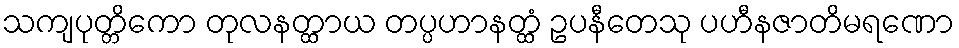
သကျပုတ္တိကော တုလနတ္ထာယ တပ္ပဟာနတ္ထံ ဥပနီတေသု ပဟီနဇာတိမရဏော